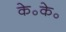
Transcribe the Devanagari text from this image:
के॰के॰